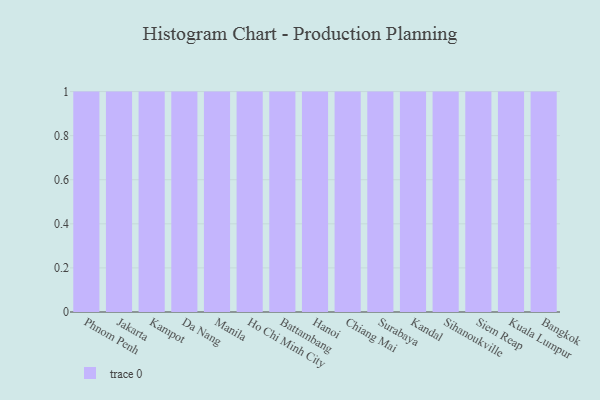
{"axis": {"x": "City", "y": "Temperature (°C)"}, "legend": [""], "data": [{"x": "Phnom Penh", "y": 63, "type": ""}, {"x": "Jakarta", "y": 37, "type": ""}, {"x": "Kampot", "y": 21, "type": ""}, {"x": "Da Nang", "y": 94, "type": ""}, {"x": "Manila", "y": 78, "type": ""}, {"x": "Ho Chi Minh City", "y": 43, "type": ""}, {"x": "Battambang", "y": 69, "type": ""}, {"x": "Hanoi", "y": 64, "type": ""}, {"x": "Chiang Mai", "y": 77, "type": ""}, {"x": "Surabaya", "y": 37, "type": ""}, {"x": "Kandal", "y": 94, "type": ""}, {"x": "Sihanoukville", "y": 4, "type": ""}, {"x": "Siem Reap", "y": 7, "type": ""}, {"x": "Kuala Lumpur", "y": 55, "type": ""}, {"x": "Bangkok", "y": 72, "type": ""}]}